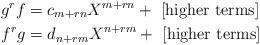
LaTeX: \begin{align*}g^rf &= c_{m + rn}X^{m+rn} + \textrm{ [higher terms]}\\f^rg &= d_{n + rm}X^{n+rm} + \textrm{ [higher terms]}\end{align*}